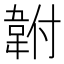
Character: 𩎠